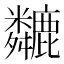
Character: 𫜏